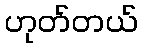
ဟုတ်တယ်